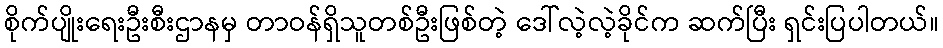
စိုက်ပျိုးရေးဦးစီးဌာနမှ တာဝန်ရှိသူတစ်ဦးဖြစ်တဲ့ ဒေါ်လဲ့လဲ့ခိုင်က ဆက်ပြီး ရှင်းပြပါတယ်။